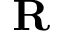
\bf R